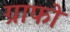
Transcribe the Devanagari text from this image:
ग्राफो